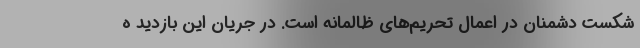
شکست دشمنان در اعمال تحریم‌های ظالمانه است. در جریان این بازدید ه